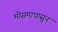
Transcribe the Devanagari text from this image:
मोसमापासुन